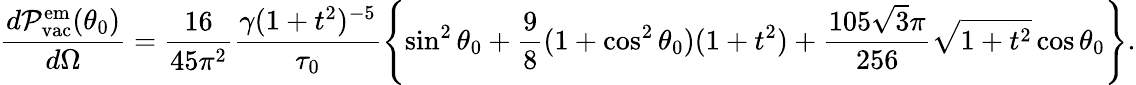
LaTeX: \frac{d{\cal P}_{\mathrm{vac}}^{\mathrm{em}}(\theta_{0})}{d\Omega}=\frac{16}{45\pi^{2}}\frac{\gamma(1+t^{2})^{-5}}{\tau_{0}}\left\{ \sin^{2}\theta_{0}+\frac{9}{8}(1+\cos^{2}\theta_{0})(1+t^{2})+\frac{105\sqrt 3\pi}{256}\sqrt{1+t^{2}}\cos\theta_{0}\right\} .